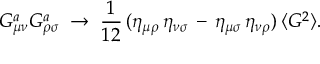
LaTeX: G _ { \mu \nu } ^ { a } G _ { \rho \sigma } ^ { a } \; \rightarrow \; \frac { 1 } { 1 2 } \, ( \eta _ { \mu \rho } \, \eta _ { \nu \sigma } \, - \, \eta _ { \mu \sigma } \, \eta _ { \nu \rho } ) \, \langle G ^ { 2 } \rangle .